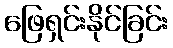
ဖြေရှင်းနိုင်ခြင်း